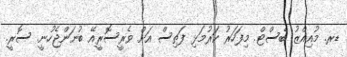
ޑރ. މުއިއްޒު ބެސްޓް. މިފަހަރު ކަރުމަޅި ފަތިސް އަށް ވެރީސޮރީއޭ ބުނަންޖެހުނީ. ސޮރީ.